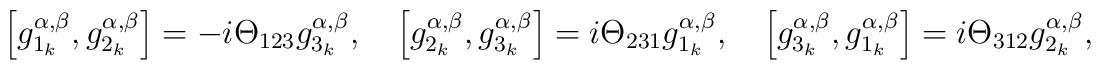
\left[ g_{1_{k}}^{\alpha ,\beta },g_{2_{k}}^{\alpha ,\beta }\right]=-i\Theta _{123}g_{3_{k}}^{\alpha ,\beta },\quad \left[ g_{2_{k}}^{\alpha,\beta },g_{3_{k}}^{\alpha ,\beta }\right] =i\Theta _{231}g_{1_{k}}^{\alpha,\beta },\quad \left[ g_{3_{k}}^{\alpha ,\beta },g_{1_{k}}^{\alpha ,\beta}\right] =i\Theta _{312}g_{2_{k}}^{\alpha ,\beta },